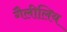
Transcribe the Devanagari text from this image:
गैलीलिय